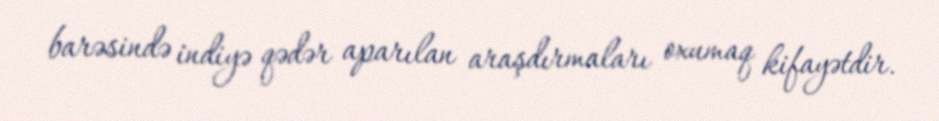
barəsində indiyə qədər aparılan araşdırmaları oxumaq kifayətdir.